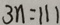
3 n = 1 1 1